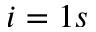
i = 1 s